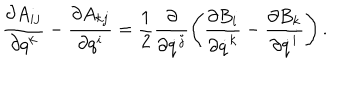
\frac { \partial A _ { i j } } { \partial q ^ { k } } - \frac { \partial A _ { k j } } { \partial q ^ { i } } = \frac 1 2 \frac { \partial } { \partial \dot { q } ^ { j } } \left( \frac { \partial B _ { i } } { \partial \dot { q } ^ { k } } - \frac { \partial B _ { k } } { \partial \dot { q } ^ { i } } \right) .